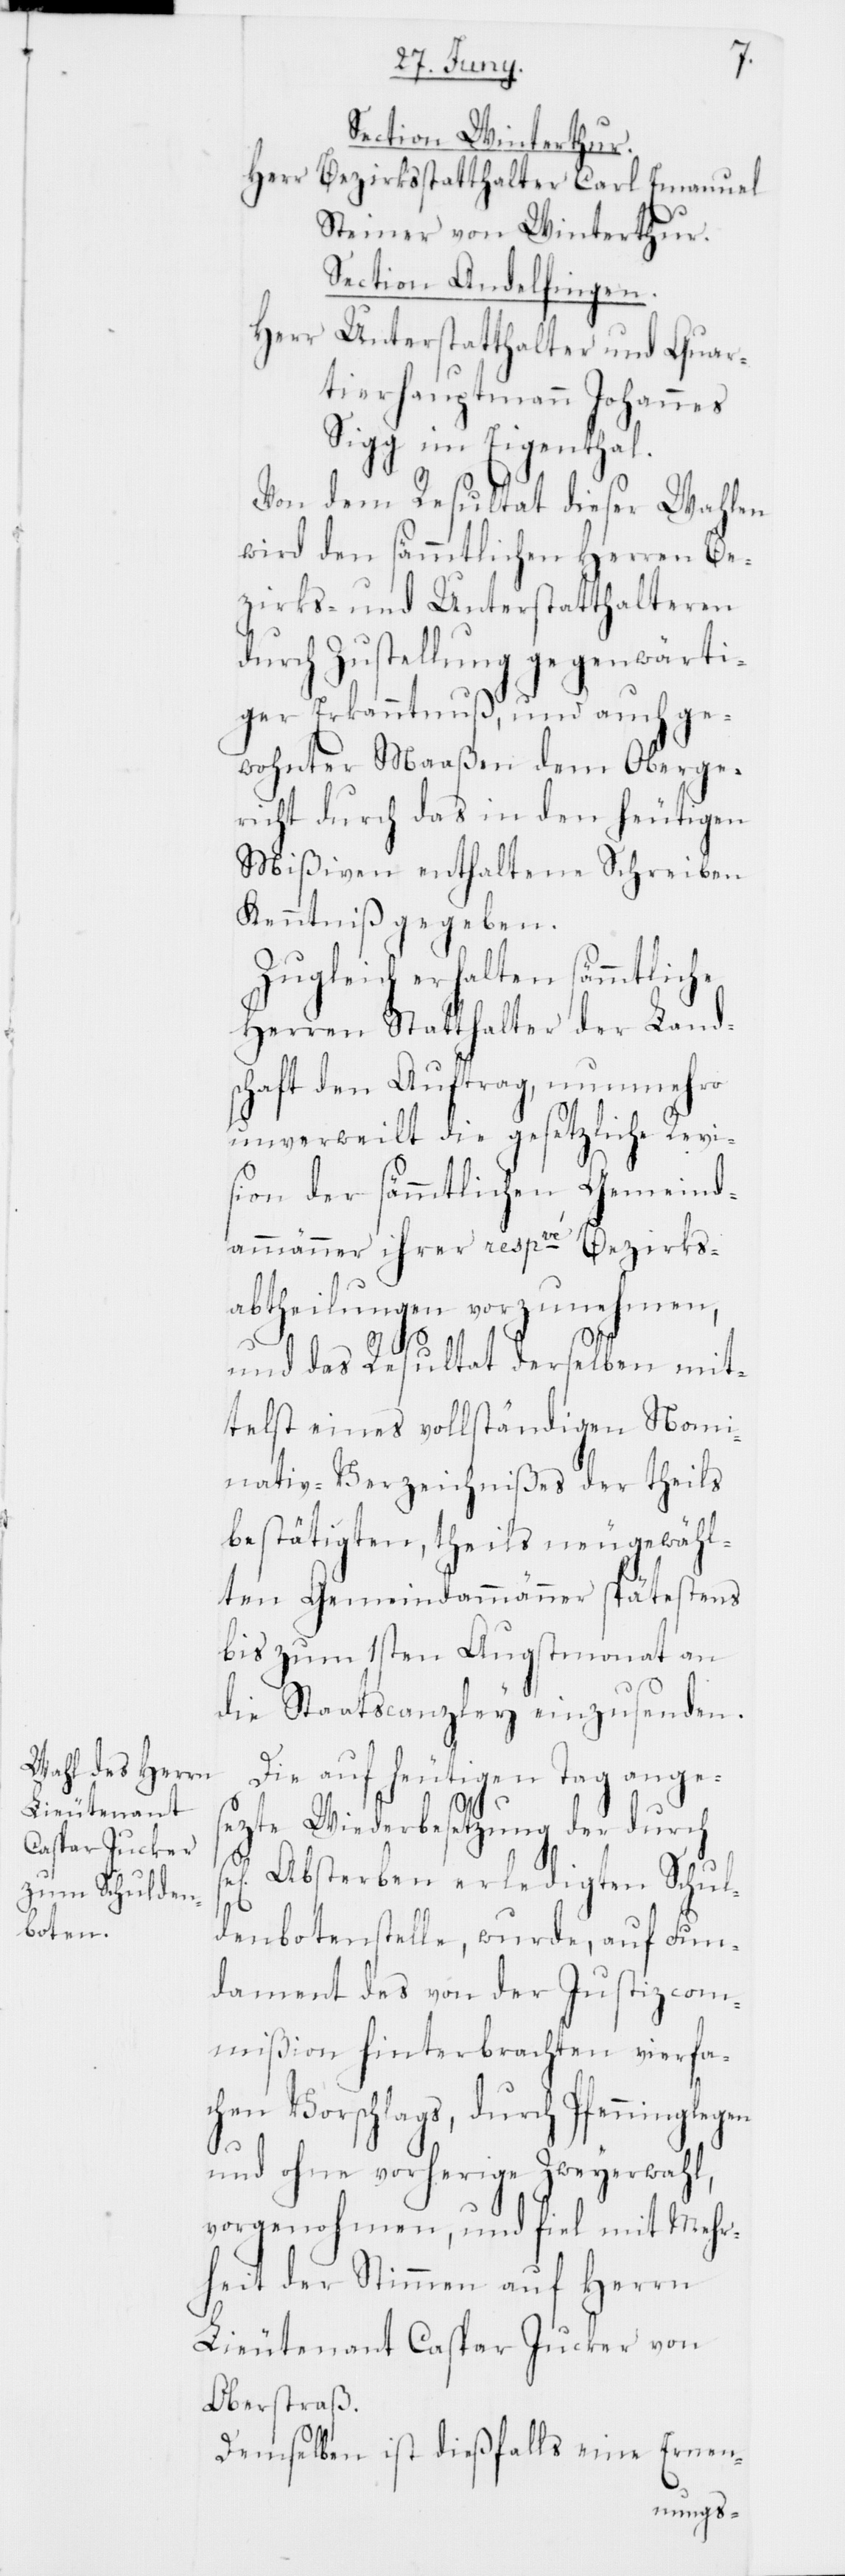
Section Winterthur.
Herr Bezirksstatthalter Carl Emanuel
Steiner von Winterthur.
Section Andelfingen.
Herr
Unterstatthalter und Quar¬
tierhauptmann Johannes
Sigg im Eigenthal.
Von dem Resultat dieser Wahlen
wird den sämmtlichen Herren Be¬
zirks- und Unterstatthalteren
durch Zustellung gegenwärti¬
ger Erkanntnuß, und auch ge¬
wohnter Maaßen dem Oberge¬
richt durch das in den heutigen
Mißiven enthaltene Schreiben
Kenntniß gegeben.
Zugleich erhalten sämmtliche
Herren Statthalter der Land¬
schaft den Auftrag, nunmehro
unverweilt die gesetzliche Revi¬
sion der sämmtlichen Gemeind¬
ammänner ihrer respve Bezirks¬
abtheilungen vorzunehmen,
und das Resultat derselben mit¬
telst eines vollständigen Nomi¬
nativ-Verzeichnißes der theils
bestätigten, theils neugewähl¬
ten Gemeindammänner spätestens
bis zum 1sten Augstmonat an
die Staatscanzley einzusenden.
Die auf heutigen Tag anges¬
etzte Wiederbesetzung der durch
el. Absterben erledigten Schul¬
denbotenstelle, wurde, auf Fun¬
dament des von der Justizcom¬
mißion hinterbrachten vierfa¬
chen Vorschlags, durch Pfenninglegen
s¬
und ohne vorherige Zweyerwahl,
vorgenohmen, und fiel mit Mehr¬
heit der Stimmen auf Herrn
Lieutenant Caspar Jucker von
Oberstraß.
Demselben ist dießfalls eine Ernen-